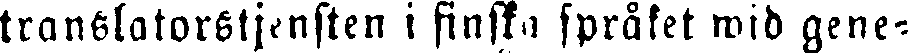
translatorstjensten i finska språket wid gene-